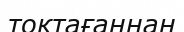
тоқтағаннан